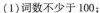
(1)词数不少于100；